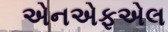
એનએફએલ